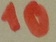
Text: 10